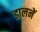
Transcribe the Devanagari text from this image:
डालनें